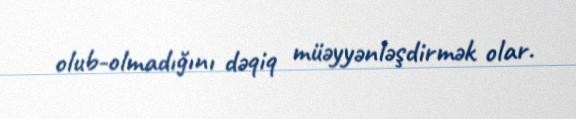
olub-olmadığını dəqiq müəyyənləşdirmək olar.